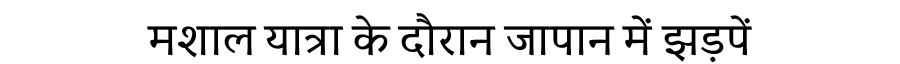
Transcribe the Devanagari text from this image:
मशाल यात्रा के दौरान जापान में झड़पें